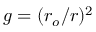
g = ( r _ { o } / r ) ^ { 2 }